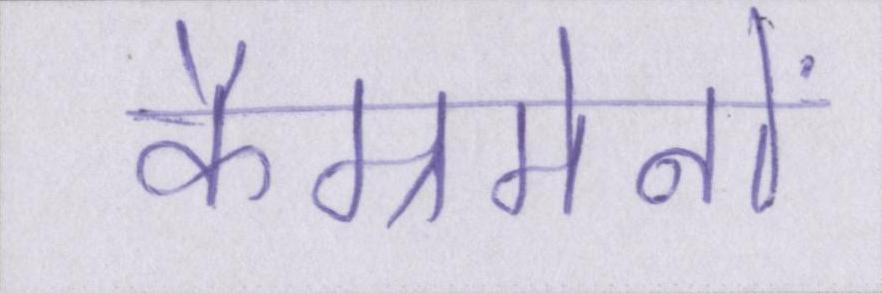
कैम्रमेनों